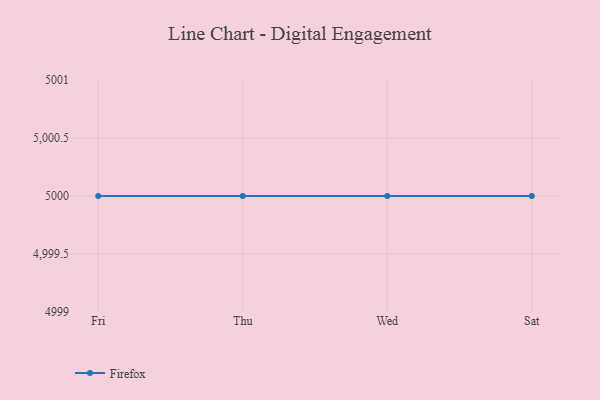
{"axis": {"x": "Day", "y": "Customer Acquisition Cost (USD)"}, "legend": ["Firefox"], "data": [{"x": "Fri", "y": 5000, "type": "Firefox"}, {"x": "Thu", "y": 5000, "type": "Firefox"}, {"x": "Wed", "y": 5000, "type": "Firefox"}, {"x": "Sat", "y": 5000, "type": "Firefox"}]}